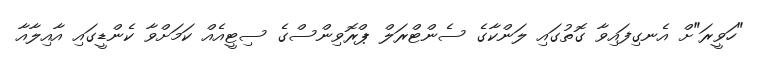
"ހަވީރަ"ށް އެނގިފައިވާ ގޮތުގައި ލަންކާގެ ސެންޓްރަލް ޕްރޮވިންސްގެ ސިޓީއެއް ކަމަށްވާ ކެންޑީގައި އާއިލާއާ